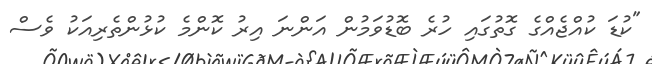
"ކުޑަ ކުއްޖެއްގެ ގޮތުގައި ހުރެ ބޮޑުވަމުން އަންނަ އިރު ކޮންމެ ކުޅުންތެރިއަކު ވެސް